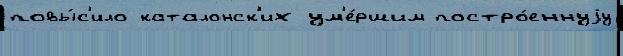
повы́с'ило каталонск'их ум'е́ршим постро́еннуjу